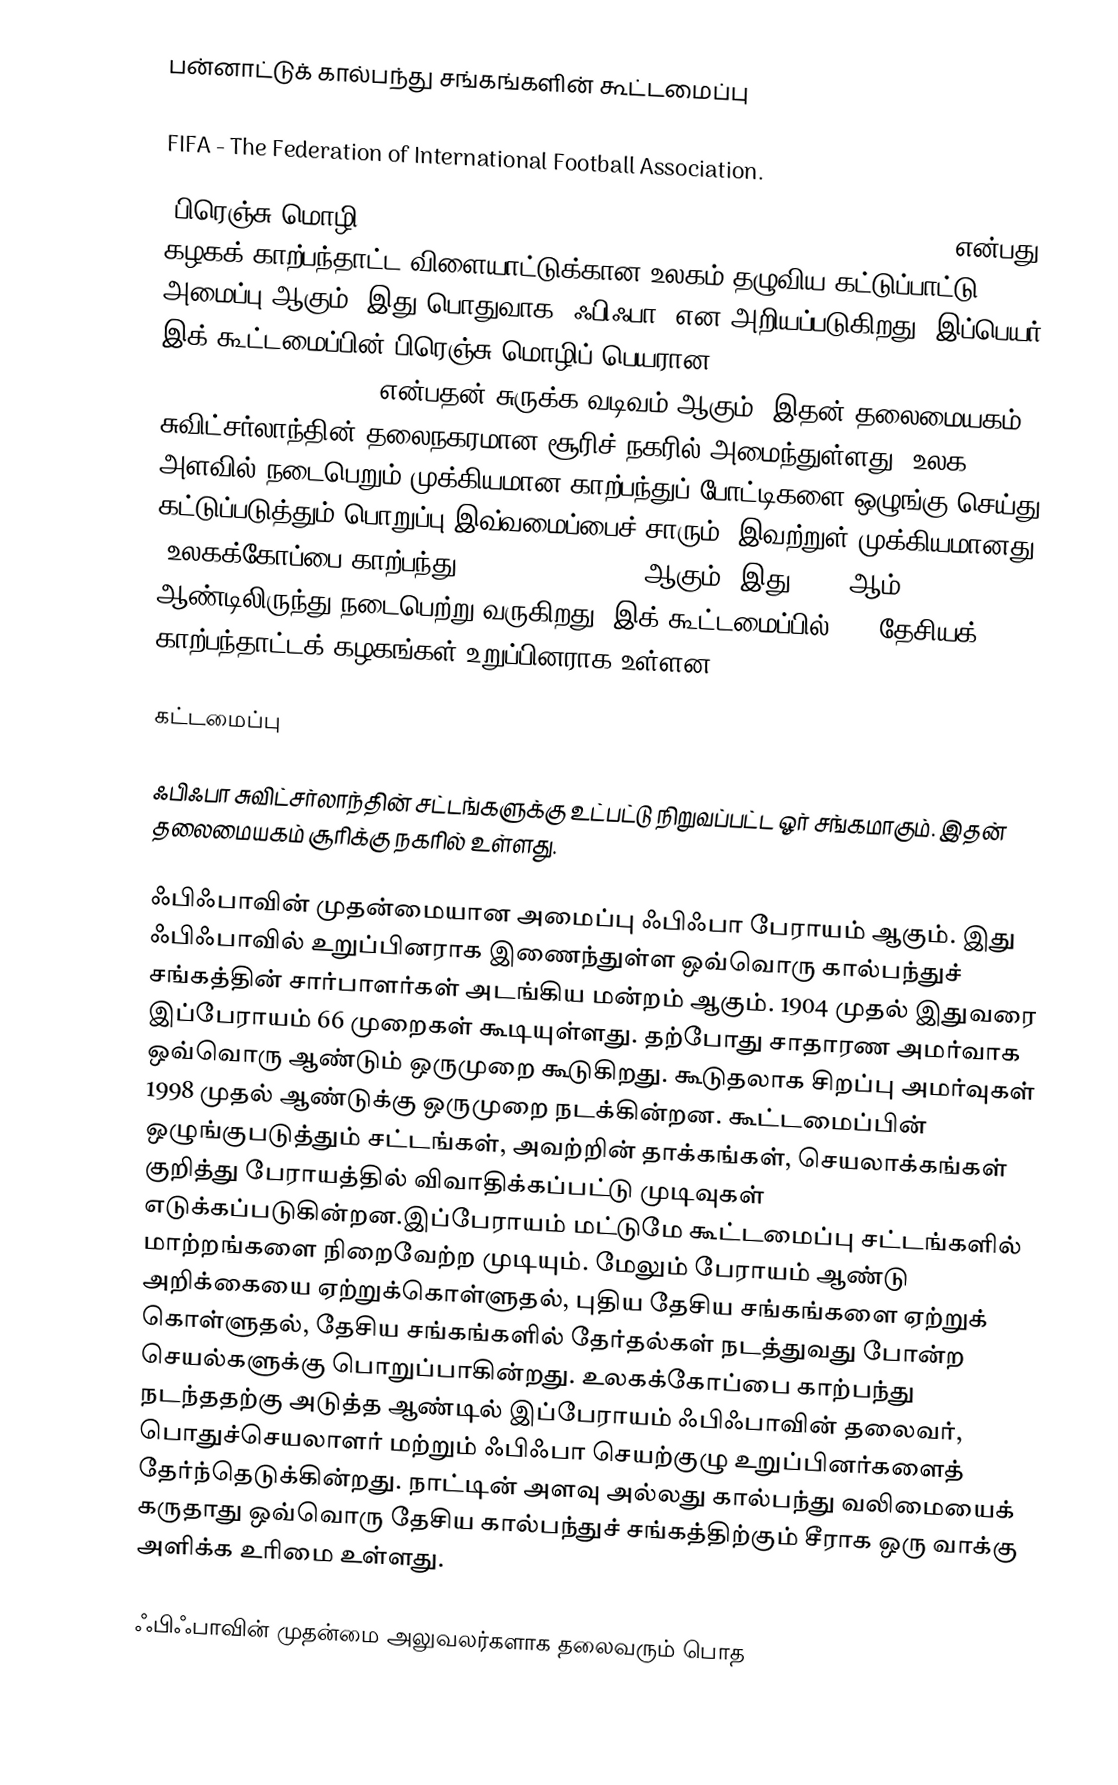
பன்னாட்டுக் கால்பந்து சங்கங்களின் கூட்டமைப்பு

FIFA - The Federation of International Football Association.

(பிரெஞ்சு மொழி: FIFA - Fédération Internationale de Football Association) என்பது கழகக் காற்பந்தாட்ட விளையாட்டுக்கான உலகம் தழுவிய கட்டுப்பாட்டு அமைப்பு ஆகும். இது பொதுவாக "ஃபிஃபா" என அறியப்படுகிறது. இப்பெயர், இக் கூட்டமைப்பின் பிரெஞ்சு மொழிப் பெயரான "Fédération Internationale de Football Association" என்பதன் சுருக்க வடிவம் ஆகும். இதன் தலைமையகம், சுவிட்சர்லாந்தின் தலைநகரமான சூரிச் நகரில் அமைந்துள்ளது. உலக அளவில் நடைபெறும் முக்கியமான காற்பந்துப் போட்டிகளை ஒழுங்கு செய்து கட்டுப்படுத்தும் பொறுப்பு இவ்வமைப்பைச் சாரும். இவற்றுள் முக்கியமானது "உலகக்கோப்பை காற்பந்து" (FIFA World Cup) ஆகும். இது 1930 ஆம் ஆண்டிலிருந்து நடைபெற்று வருகிறது. இக் கூட்டமைப்பில் 211 தேசியக் காற்பந்தாட்டக் கழகங்கள் உறுப்பினராக உள்ளன.

கட்டமைப்பு

ஃபிஃபா சுவிட்சர்லாந்தின் சட்டங்களுக்கு உட்பட்டு நிறுவப்பட்ட ஓர் சங்கமாகும். இதன் தலைமையகம் சூரிக்கு நகரில் உள்ளது.

ஃபிஃபாவின் முதன்மையான அமைப்பு ஃபிஃபா பேராயம் ஆகும். இது ஃபிஃபாவில் உறுப்பினராக இணைந்துள்ள ஒவ்வொரு கால்பந்துச் சங்கத்தின் சார்பாளர்கள் அடங்கிய மன்றம் ஆகும்.  1904 முதல் இதுவரை இப்பேராயம் 66 முறைகள் கூடியுள்ளது. தற்போது சாதாரண அமர்வாக ஒவ்வொரு ஆண்டும் ஒருமுறை  கூடுகிறது.  கூடுதலாக சிறப்பு அமர்வுகள் 1998 முதல் ஆண்டுக்கு ஒருமுறை நடக்கின்றன.  கூட்டமைப்பின் ஒழுங்குபடுத்தும் சட்டங்கள், அவற்றின் தாக்கங்கள், செயலாக்கங்கள் குறித்து  பேராயத்தில் விவாதிக்கப்பட்டு முடிவுகள் எடுக்கப்படுகின்றன.இப்பேராயம் மட்டுமே கூட்டமைப்பு சட்டங்களில் மாற்றங்களை நிறைவேற்ற முடியும்.  மேலும் பேராயம் ஆண்டு அறிக்கையை ஏற்றுக்கொள்ளுதல், புதிய தேசிய சங்கங்களை ஏற்றுக் கொள்ளுதல், தேசிய சங்கங்களில் தேர்தல்கள் நடத்துவது போன்ற செயல்களுக்கு பொறுப்பாகின்றது. உலகக்கோப்பை காற்பந்து நடந்ததற்கு அடுத்த ஆண்டில் இப்பேராயம் ஃபிஃபாவின் தலைவர், பொதுச்செயலாளர் மற்றும் ஃபிஃபா செயற்குழு உறுப்பினர்களைத் தேர்ந்தெடுக்கின்றது. நாட்டின் அளவு அல்லது கால்பந்து வலிமையைக் கருதாது ஒவ்வொரு தேசிய கால்பந்துச் சங்கத்திற்கும் சீராக ஒரு வாக்கு  அளிக்க உரிமை உள்ளது.

ஃபிஃபாவின் முதன்மை அலுவலர்களாக தலைவரும் பொத